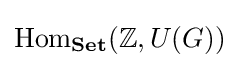
{\text{Hom}}_{\textbf {Set}}(\mathbb {Z} ,U(G))